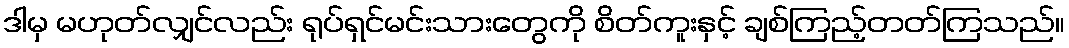
ဒါမှ မဟုတ်လျှင်လည်း ရုပ်ရှင်မင်းသားတွေကို စိတ်ကူးနှင့် ချစ်ကြည့်တတ်ကြသည်။